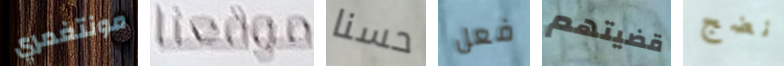
مونتغمري موقعنا حسنا فعل قضيتهم نضج